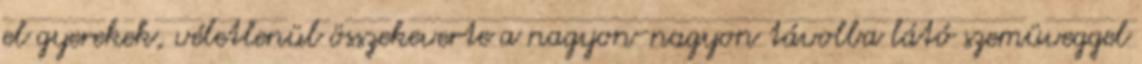
el gyerekek, véletlenül összekeverte a nagyon-nagyon távolba látó szemüveggel